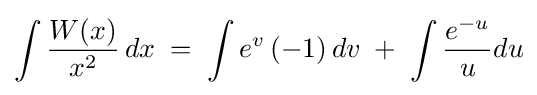
\int {\frac {W(x)}{x^{2}}}\,dx\;=\;\int e^{v}\left(-1\right)dv\;+\;\int {\frac {e^{-u}}{u}}du